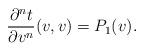
LaTeX: \begin{align*} \frac{\partial^nt}{\partial v^n}(v,v)=P_1(v).\end{align*}